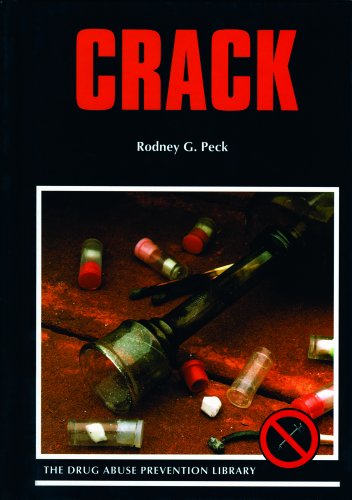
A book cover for Crack (Drug Abuse Prevention Library); Rodney G. Peck; Teen & Young Adult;